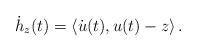
LaTeX: \begin{align*}\dot{h}_z(t) = \left\langle \dot{u}(t) , u(t)- z \right\rangle .\end{align*}